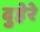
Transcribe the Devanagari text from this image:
दुहेरे